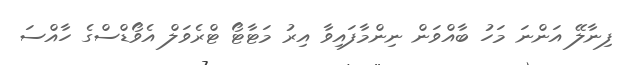
ފިނާލޭ އަންނަ މަހު ބާއްވަން ނިންމާފައިވާ އިރު މަޓާޓޯ ޓްރެވަލް އެވޯޑްސްގެ ހާއްސަ